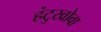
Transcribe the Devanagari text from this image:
हंटुखोवा